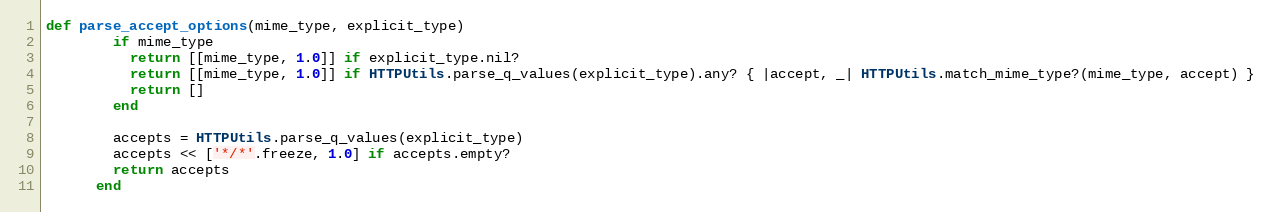
Language: Ruby
def parse_accept_options(mime_type, explicit_type)
        if mime_type
          return [[mime_type, 1.0]] if explicit_type.nil?
          return [[mime_type, 1.0]] if HTTPUtils.parse_q_values(explicit_type).any? { |accept, _| HTTPUtils.match_mime_type?(mime_type, accept) }
          return []
        end

        accepts = HTTPUtils.parse_q_values(explicit_type)
        accepts << ['*/*'.freeze, 1.0] if accepts.empty?
        return accepts
      end